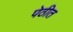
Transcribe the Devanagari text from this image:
पेठीत